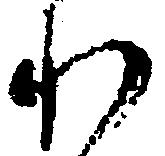
わ